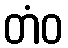
တံဝ